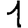
Digit: 1